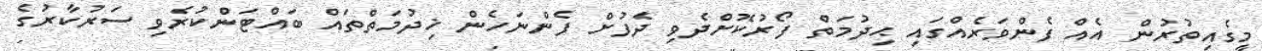
މީގެއިތުރުން އެއް ފެންވަރެއްގައި ޙިދުމަތް ފޯރުކޮށްދެވި ދެފުށް ފެންނަހެން ޚިދުމަތްތައް ބައްޓަންކުރެވި ސަރުކާރުގެ